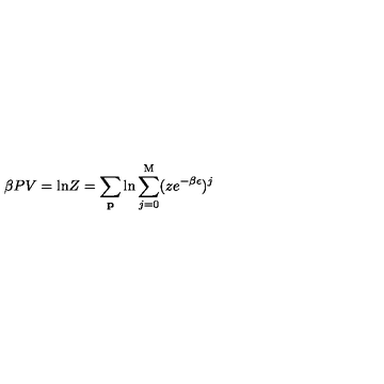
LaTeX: \beta P V = \mathrm { l n } Z = \sum _ { \bf p } \mathrm { l n } \sum _ { j = 0 } ^ { \mathrm { M } } ( z e ^ { - \beta \epsilon } ) ^ { j }